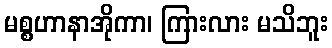
မစ္စဟာနာအိုကာ၊ ကြားလား မသိဘူး